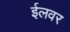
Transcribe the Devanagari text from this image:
ईलवर